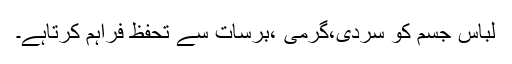
لباس جسم کو سردی،گرمی ،برسات سے تحفظ فراہم کرتاہے۔